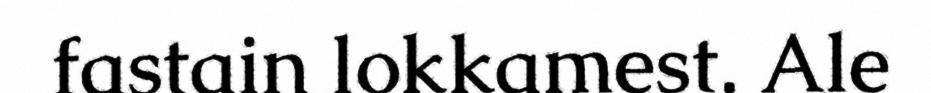
fastain lokkamest. Ale